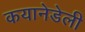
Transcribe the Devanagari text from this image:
कयानेडेली